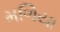
મળિયા